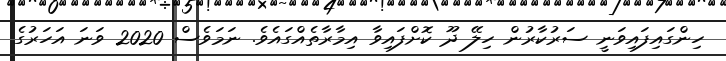
ހިންގައިފައިވަނީ ސަރުކާރުން ހިލޭ ދޫ ކޮށްފައިވާ އިމާރާތެއްގައެވެ. ނަމަވެސް 2020 ވަނަ އަހަރުގެ